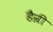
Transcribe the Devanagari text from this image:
हैन्री